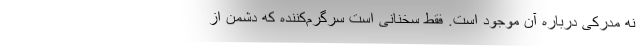
نه مدرکی درباره آن موجود است. فقط سخنانی است سرگرم‌کننده که دشمن از